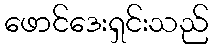
ဖောင်ဒေးရှင်းသည်